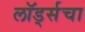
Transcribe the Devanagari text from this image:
लॉर्ड्सचा